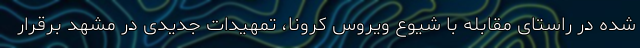
شده در راستای مقابله با شیوع ویروس کرونا، تمهیدات جدیدی در مشهد برقرار